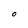
Character: O